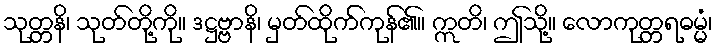
သုတ္တနိ၊ သုတ်တို့ကို။ ဒဋ္ဌဗ္ဗာနိ၊ မှတ်ထိုက်ကုန်၏။ ဣတိ၊ ဤသို့။ လောကုတ္တရဓမ္မံ၊